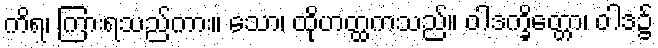
ကိရ၊ ကြားရသည်ကား။ သော၊ ထိုဟတ္ထကသည်။ ဝါဒက္ခိတ္တော၊ ဝါဒ၌